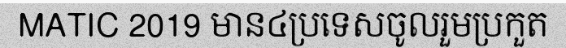
MATIC 2019 មាន៤ប្រទេសចូលរួមប្រកួត